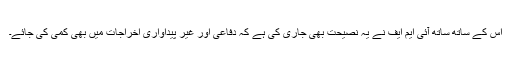
اس کے ساتھ ساتھ آئی ایم ایف نے یہ نصیحت بھی جاری کی ہے کہ دفاعی اور غیر پیداواری اخراجات میں بھی کمی کی جائے۔